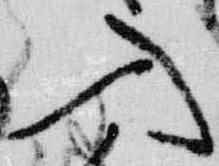
入